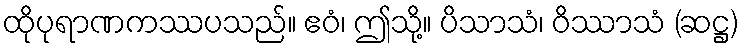
ထိုပုရာဏကဿပသည်။ ဧဝံ၊ ဤသို့။ ပိသာသံ၊ ဝိဿာသံ (ဆဋ္ဌ)